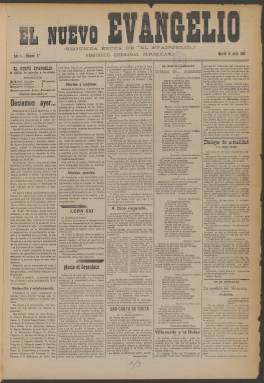
Título: El Nuevo evangelio
Colección: Periódicos
Ámbito geográfico: Madrid
Lugar de publicación: Madrid
Fechas: 21/07/1903-06/07/1904